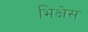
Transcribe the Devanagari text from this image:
भिक्षेस